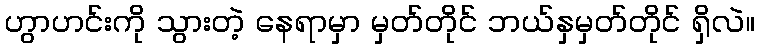
ဟွာဟင်းကို သွားတဲ့ နေရာမှာ မှတ်တိုင် ဘယ်နှမှတ်တိုင် ရှိလဲ။